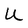
Character: U